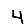
Digit: 4